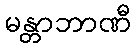
မန္တာဘာဏီ